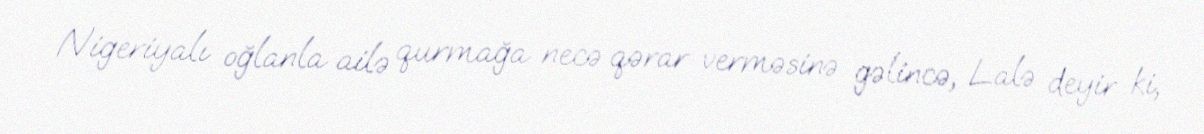
Nigeriyalı oğlanla ailə qurmağa necə qərar verməsinə gəlincə, Lalə deyir ki,